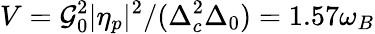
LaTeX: V=\mathcal{G}_{0}^{2}|\eta_{p}|^{2}/(\Delta_{c}^{2}\Delta_{0})=1.57\omega_{B}